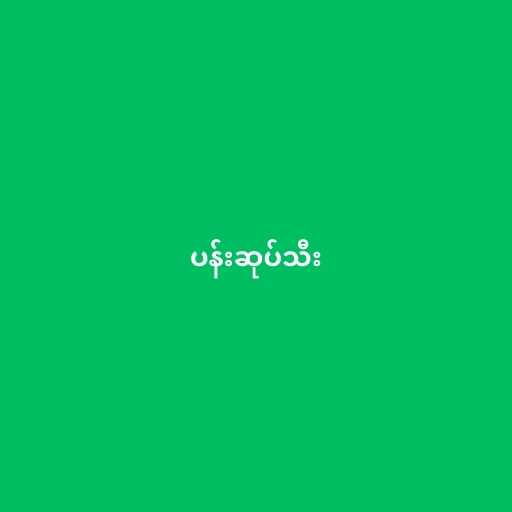
ပန်းဆုပ်သီး